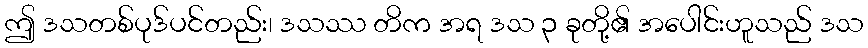
ဤ ဒသတစ်ပုဒ်ပင်တည်း၊ ဒသဿ တိက အရ ဒသ ၃ ခုတို့၏ အပေါင်းဟူသည် ဒသ